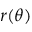
r ( \theta )